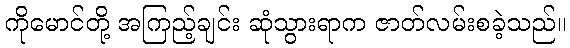
ကိုမောင်တို့ အကြည့်ချင်း ဆုံသွားရာက ဇာတ်လမ်းစခဲ့သည်။